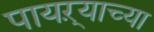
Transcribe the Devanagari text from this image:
पायऱ्याच्या